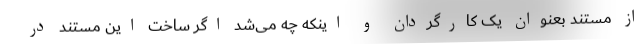
از مستند بعنوان یک کارگردان و اینکه چه می‌شد اگر ساخت این مستند در